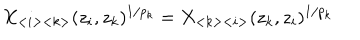
LaTeX: X _ { < i > < k > } ( z _ { i } , z _ { k } ) ^ { 1 / p _ { k } } = X _ { < k > < i > } ( z _ { k } , z _ { i } ) ^ { 1 / p _ { k } }